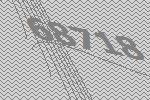
68718